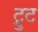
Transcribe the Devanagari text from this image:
ट्रुट